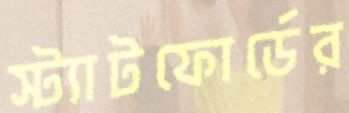
স্ট্যাটফোর্ডের